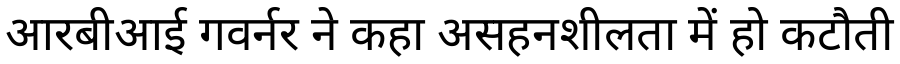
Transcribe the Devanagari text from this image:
आरबीआई गवर्नर ने कहा असहनशीलता में हो कटौती